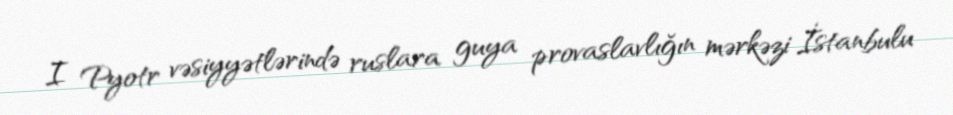
I Pyotr vəsiyyətlərində ruslara guya provaslavlığın mərkəzi İstanbulu